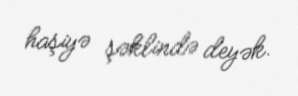
haşiyə şəklində deyək.